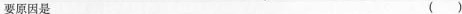
要原因是 ()